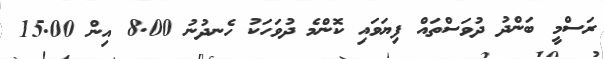
ރަސްމީ ބަންދު ދުވަސްތައް ފިޔަވައި ކޮންމެ ދުވަހަކު ހެނދުނު 8.00 އިން 15.00